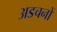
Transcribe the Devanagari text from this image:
अडचनों